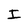
Character: I